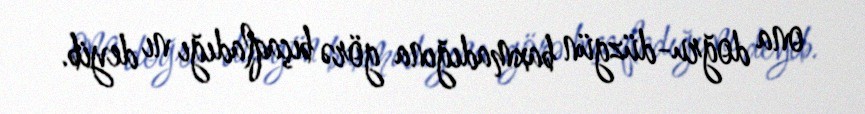
ona doğru-düzgün baxmadığına görə bıçaqladığı nı deyib.